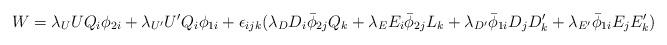
LaTeX: \begin{align*}W=\lambda_U UQ_i\phi_{2i}+\lambda_{U'}U'Q_i\phi_{1i}+\epsilon_{ijk}(\lambda_DD_i\bar\phi_{2j}Q_k+\lambda_E E_i\bar\phi_{2j}L_k+ \lambda_{D'}\bar\phi_{1i}D_jD'_k +\lambda_{E'}\bar\phi_{1i}E_jE'_{k})\end{align*}